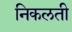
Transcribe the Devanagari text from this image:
निकलती